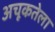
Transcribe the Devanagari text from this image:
अचूकतेला